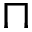
\sqcap